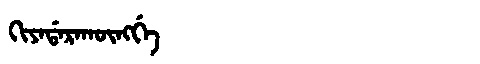
Manchu: ᡴᡳᠶᠠᡩᠠᡵᠠᡴᡡᠩᡤᡝ
Romanization: KIYADARAKŪNGGE